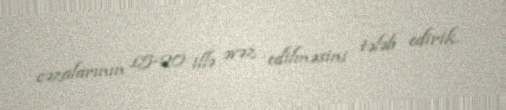
cəzalarının 15-20 illə əvəz edilməsini tələb edirik.